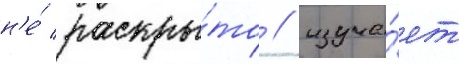
н'е́ раскры́то / изуча́ет